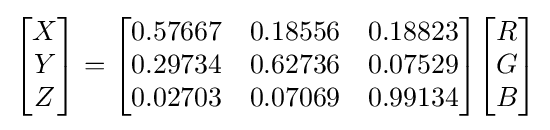
{\begin{bmatrix}X\\Y\\Z\end{bmatrix}}={\begin{bmatrix}0.57667&0.18556&0.18823\\0.29734&0.62736&0.07529\\0.02703&0.07069&0.99134\end{bmatrix}}{\begin{bmatrix}R\\G\\B\end{bmatrix}}